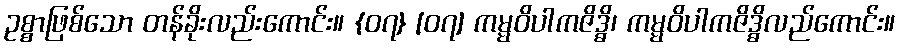
ဥစ္စာဖြစ်သော တန်ခိုးလည်းကောင်း။ {၀၇} [၀၇] ကမ္မဝိပါကဇိဒ္ဓိ၊ ကမ္မဝိပါကဇိဒ္ဓိလည်ကောင်း။